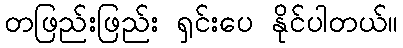
တဖြည်းဖြည်း ရှင်းပေ နိုင်ပါတယ်။